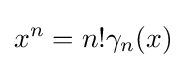
x^{n}=n!\gamma _{n}(x)